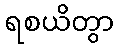
ရစယိတွာ